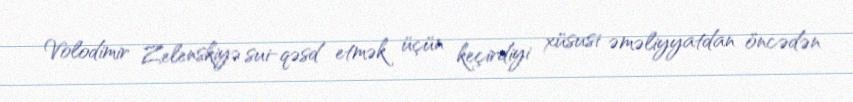
Volodimir Zelenskiyə sui-qəsd etmək üçün keçirdiyi xüsusi əməliyyatdan öncədən